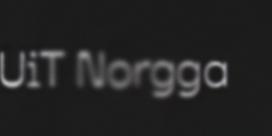
UiT Norgga